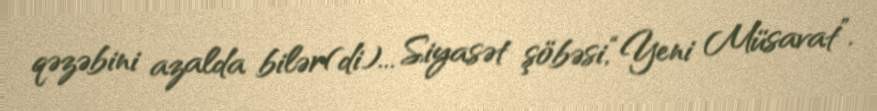
qəzəbini azalda bilər(di)... Siyasət şöbəsi,“Yeni Müsavat”.